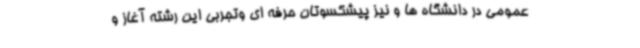
عمومی در دانشگاه ها و نیز پیشکسوتان حرفه ای وتجربی این رشته آغاز و